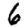
Digit: 6